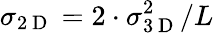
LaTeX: \sigma_{2\mathrm{~D~}}=2\cdot\sigma_{3\mathrm{~D~}}^{2}/L